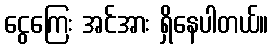
ငွေကြေး အင်အား ရှိနေပါတယ်။